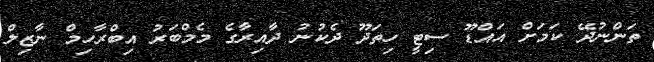
ތަންނުދޭ ކަމަށް އައްޑޫ ސިޓީ ހިތަދޫ ދެކުނު ދާއިރާގެ މެމްބަރު އިބްރާހިމް ނާޒިލް